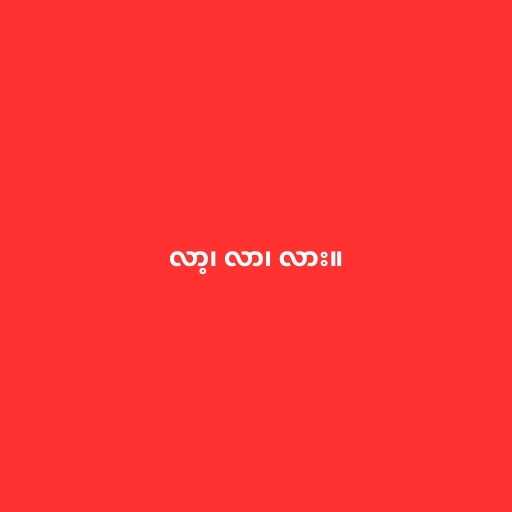
လာ့၊ လာ၊ လား။